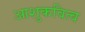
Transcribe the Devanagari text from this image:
आशुकवित्व